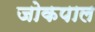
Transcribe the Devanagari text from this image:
जोकपाल